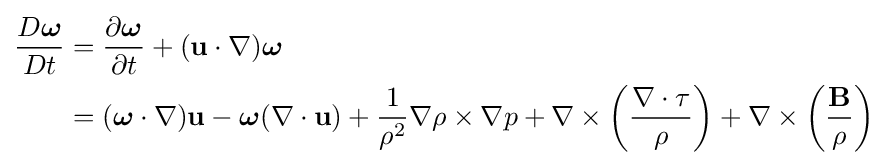
{\begin{aligned}{\frac {D{\boldsymbol {\omega }}}{Dt}}&={\frac {\partial {\boldsymbol {\omega }}}{\partial t}}+(\mathbf {u} \cdot \nabla ){\boldsymbol {\omega }}\\&=({\boldsymbol {\omega }}\cdot \nabla )\mathbf {u} -{\boldsymbol {\omega }}(\nabla \cdot \mathbf {u} )+{\frac {1}{\rho ^{2}}}\nabla \rho \times \nabla p+\nabla \times \left({\frac {\nabla \cdot \tau }{\rho }}\right)+\nabla \times \left({\frac {\mathbf {B} }{\rho }}\right)\end{aligned}}